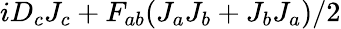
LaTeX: iD_{c}J_{c}+F_{ab}(J_{a}J_{b}+J_{b}J_{a})/2